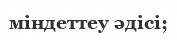
міндеттеу әдісі;